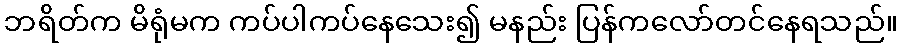
ဘရိတ်က မိရုံမက ကပ်ပါကပ်နေသေး၍ မနည်း ပြန်ကလော်တင်နေရသည်။